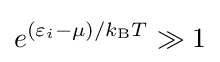
e^{(\varepsilon _{i}-\mu )/k_{\rm {B}}T}\gg 1